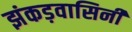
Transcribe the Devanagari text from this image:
झंकड़वासिनी